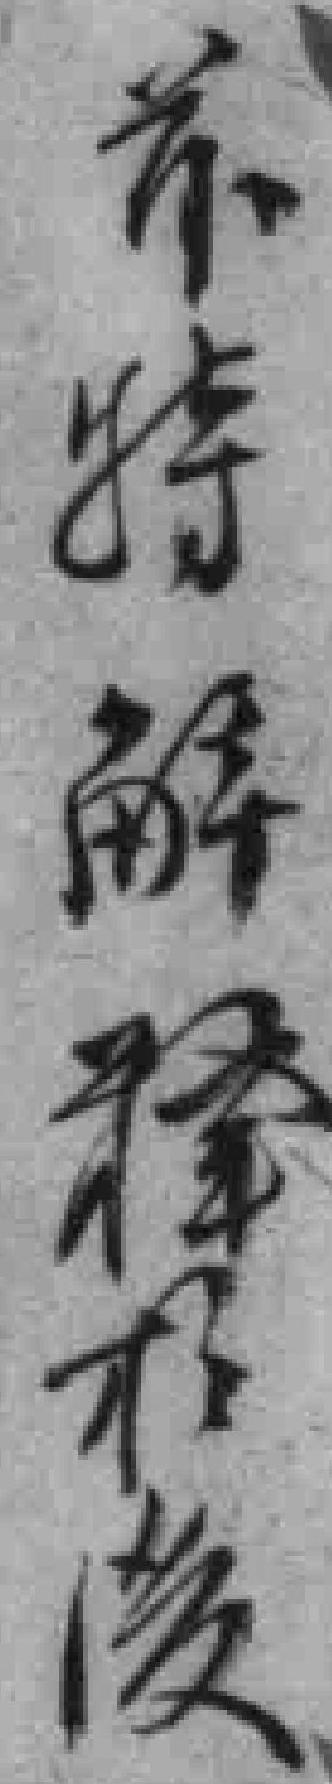
*特解释於後